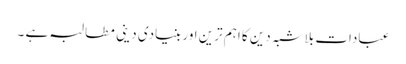
عبادات بلاشبہ دین کا اہم ترین اور بنیادی دینی مطالبہ ہے ۔